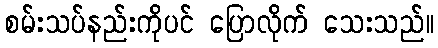
စမ်းသပ်နည်းကိုပင် ပြောလိုက် သေးသည်။